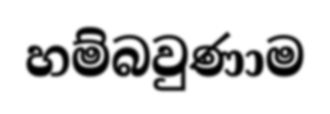
හම්බවුණාම